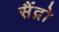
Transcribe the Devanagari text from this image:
सैंद्रो